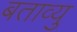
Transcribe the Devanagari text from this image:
बताव्यु